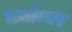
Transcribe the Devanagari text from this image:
चर्माम्बर